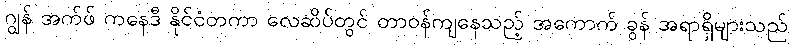
ဂျွန် အက်ဖ် ကနေဒီ နိုင်ငံတကာ လေဆိပ်တွင် တာဝန်ကျနေသည့် အကောက် ခွန် အရာရှိများသည်